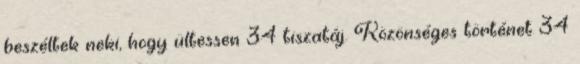
beszéltek neki, hogy ültessen 34 tiszatáj. Közönséges történet 34